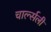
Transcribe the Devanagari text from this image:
चार्ल्सली